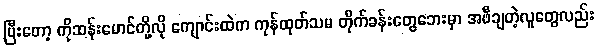
ပြီးတော့ ကိုဆန်းမောင်တို့လို ကျောင်းထဲက ကုန်ထုတ်သမ တိုက်ခန်းတွေဘေးမှာ အဖီချတဲ့လူတွေလည်း